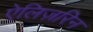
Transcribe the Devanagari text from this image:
ऐलिज़रिन